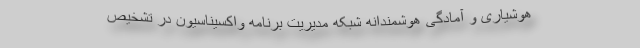
هوشیاری و آمادگی ‌هوشمندانه شبکه مدیریت برنامه واکسیناسیون در تشخیص